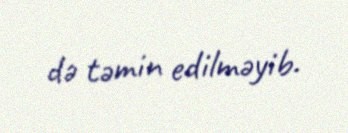
də təmin edilməyib.